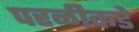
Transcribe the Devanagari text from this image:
परळीकडे